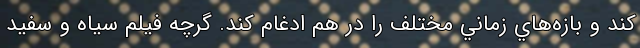
کند و بازه‌هاي زماني مختلف را در هم ادغام کند. گرچه فيلم سياه و سفيد